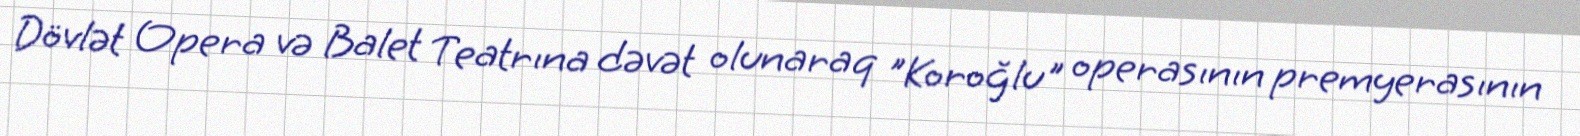
Dövlət Opera və Balet Teatrına dəvət olunaraq "Koroğlu" operasının premyerasının